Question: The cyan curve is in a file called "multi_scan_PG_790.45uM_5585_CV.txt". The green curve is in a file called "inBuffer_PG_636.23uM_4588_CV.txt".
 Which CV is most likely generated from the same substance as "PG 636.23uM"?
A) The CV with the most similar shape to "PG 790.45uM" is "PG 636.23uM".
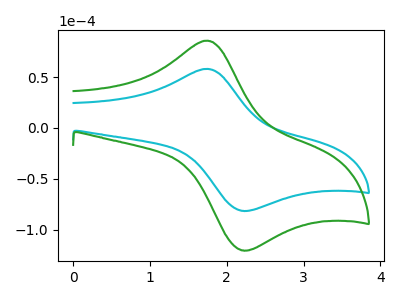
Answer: <think>The cyan curve "PG 790.45uM" has an anodic peak at (1.75V, 58.05uA) and a cathodic peak at (2.20V, -81.25uA). The green curve "PG 636.23uM" has an anodic peak at (1.75V, 85.75uA) and a cathodic peak at (2.20V, -120.05uA).
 All the peaks in "PG 790.45uM" have a peak in "PG 636.23uM" at the same potential. Every peak in "PG 790.45uM" is lower than every peak in "PG 636.23uM".</think>
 <answer>A) The CV with the most similar shape to "PG 790.45uM" is "PG 636.23uM".</answer>
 <eval>A</eval>